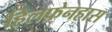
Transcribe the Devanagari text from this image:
हिलफ़ेनहास